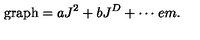
\mathrm { g r a p h } = a J ^ { 2 } + b J ^ { D } + \cdots \hspace * { 1 e m } .